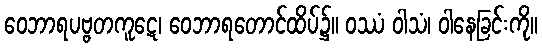
ဝေဘာရပဗ္ဗတကူဋေ၊ ဝေဘာရတောင်ထိပ်၌။ ဝဿံ ဝါသံ၊ ဝါနေခြင်းကို။